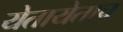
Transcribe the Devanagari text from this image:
येतायेताच